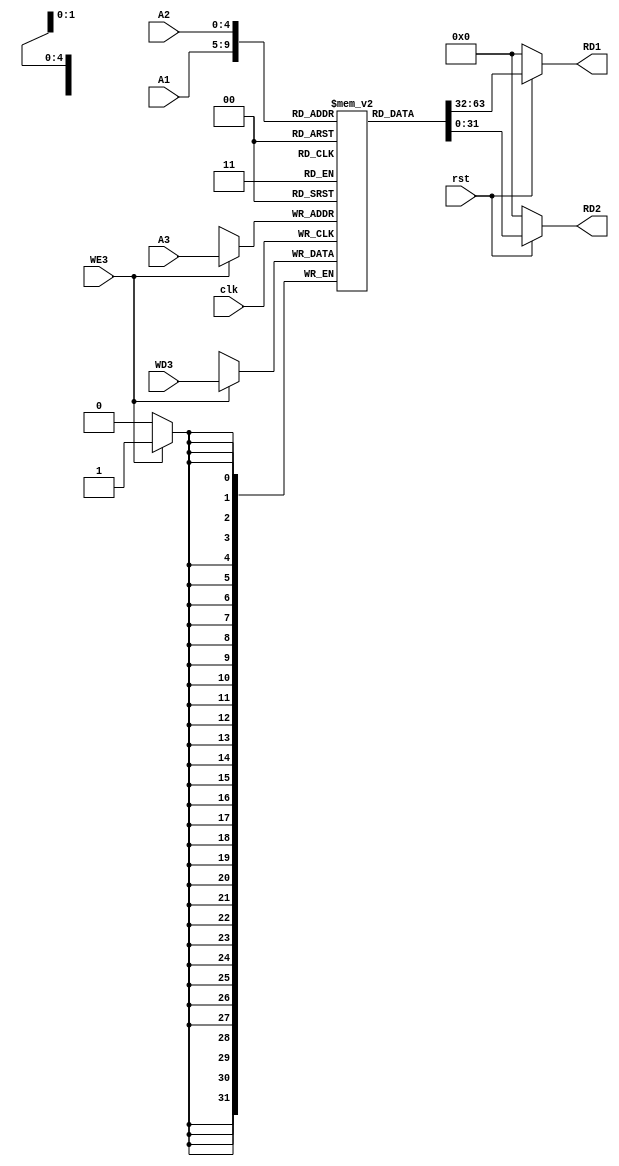
`timescale 1ns / 1ps
//////////////////////////////////////////////////////////////////////////////////
// Company: 
// Engineer: 
// 
// Design Name: 
// Module Name: Register_File
// Project Name: 
// Target Devices: 
// Tool Versions: 
// Description: 
// 
// Dependencies: 
// 
// Revision:
// Revision 0.01 - File Created
// Additional Comments:
// 
//////////////////////////////////////////////////////////////////////////////////


module Register_File(
    input [4:0] A1,
    input [4:0] A2,
    input [4:0] A3,
    input [31:0] WD3,
    input clk,rst,WE3,
    
    output [31:0] RD1,
    output [31:0] RD2
    );
    
    //register file memory
    reg [31:0] Registers [31:0];//32 registers of 32 bits each
   
    
    //read functionality from the register file
    assign RD1 =  ( !rst ) ? 32'h00000000 : Registers[A1] ;
    assign RD2 =  ( !rst ) ? 32'h00000000 : Registers[A2] ;

    //write functionality
    always @(posedge clk)
    begin
        if(WE3)
        begin
            Registers[A3] <= WD3;
        
        end    
    end

    initial begin
         Registers[0] = 32'h00000000;// x0 is always zero
    
        //test-1
   //     Registers[9] = 32'h0000020;
        
        //test-3
        //Registers[6] = 32'h0000040;
        
        //test-4
 //       Registers[11] = 32'h0000028;
 //       Registers[12] = 32'h0000030;
        
        //test-5
        //Registers[5] = 32'h00000006;
        //Registers[6] = 32'h0000000A;
        
        //test-6
 //       Registers[5] = 32'h00000005;
 //       Registers[6] = 32'h00000004;
                
    end






endmodule